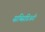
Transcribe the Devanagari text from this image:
सब्सिडिअरी